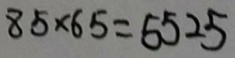
8 5 \times 6 5 = 5 5 2 5